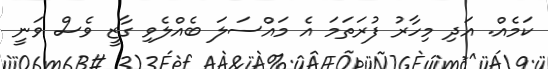
ކަމެއް. އަދި މިހާރު ފުރަތަމަ އެ މައްސަލަ ބެއްލެވި ގާޒީ ވެސް ވަނީ